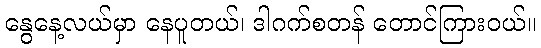
နွေနေ့လယ်မှာ နေပူတယ်၊ ဒါဂက်စတန် တောင်ကြားဝယ်။